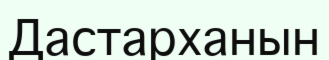
Дастарханын